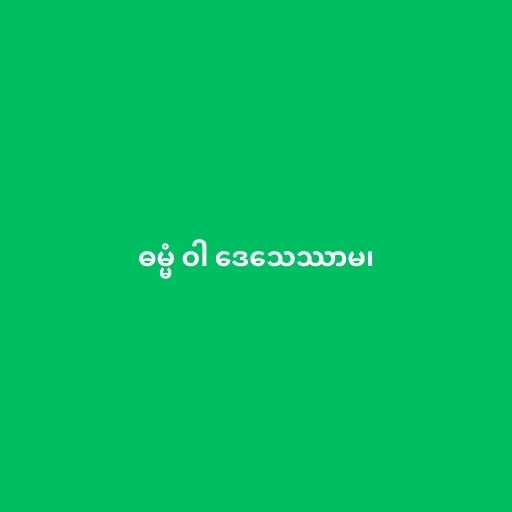
ဓမ္မံ ဝါ ဒေသေဿာမ၊